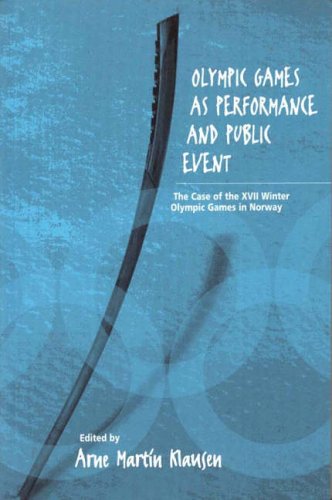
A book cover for Olympic Games As Performance and Event: The Case of the XVII Winter Olympic Games in Norway; Sports & Outdoors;